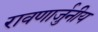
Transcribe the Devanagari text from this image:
रावणार्जुनीय